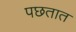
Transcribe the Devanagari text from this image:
पछतात